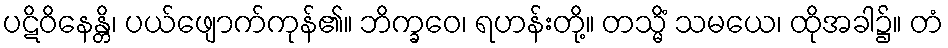
ပဋိဝိနေန္တိ၊ ပယ်ဖျောက်ကုန်၏။ ဘိက္ခဝေ၊ ရဟန်းတို့။ တသ္မိံ သမယေ၊ ထိုအခါ၌။ တံ